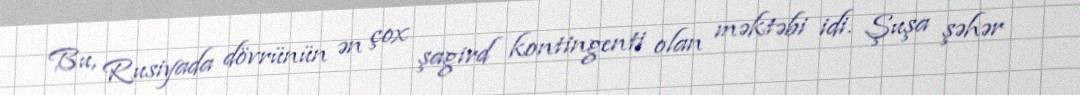
Bu, Rusiyada dövrünün ən çox şagird kontingenti olan məktəbi idi. Şuşa şəhər